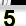
Digit: 5